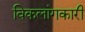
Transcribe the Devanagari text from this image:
विकलांगकारी